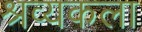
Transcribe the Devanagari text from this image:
श्रव्यकला